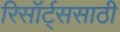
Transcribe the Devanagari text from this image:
रिसॉर्ट्ससाठी